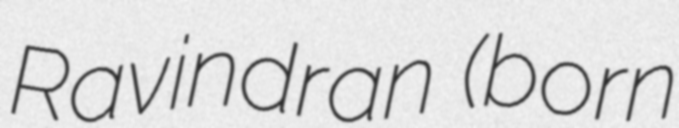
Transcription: Ravindran (born